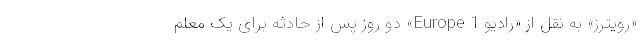
«رویترز» به نقل از «رادیو Europe 1» دو روز پس از حادثه برای یک معلم